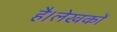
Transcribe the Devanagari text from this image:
है।लेखकों